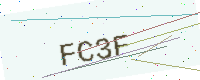
Text: FC3F